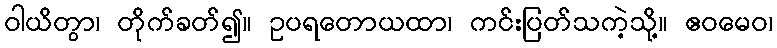
ဝါယိတွာ၊ တိုက်ခတ်၍။ ဥပရတောယထာ၊ ကင်းပြတ်သကဲ့သို့။ ဧဝမေဝ၊